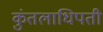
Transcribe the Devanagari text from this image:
कुंतलाधिपती